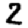
Digit: 2